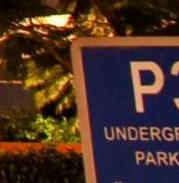
p